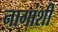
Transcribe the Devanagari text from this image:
नागांशी